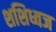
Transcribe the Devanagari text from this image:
शशिध्वज